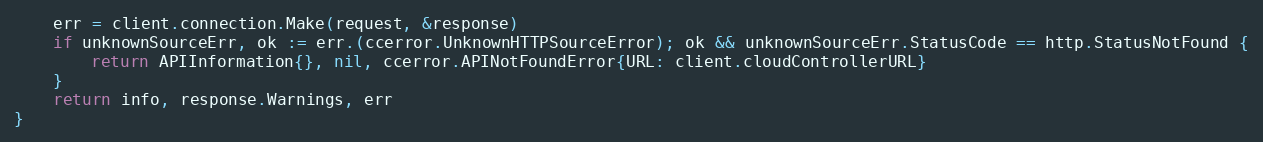
Language: Go
	err = client.connection.Make(request, &response)
	if unknownSourceErr, ok := err.(ccerror.UnknownHTTPSourceError); ok && unknownSourceErr.StatusCode == http.StatusNotFound {
		return APIInformation{}, nil, ccerror.APINotFoundError{URL: client.cloudControllerURL}
	}
	return info, response.Warnings, err
}